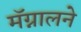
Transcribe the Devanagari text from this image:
मॅग्नालने